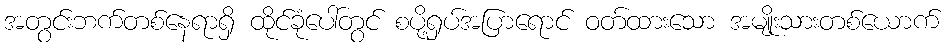
အတွင်းဘက်တစ်နေရာရှိ ထိုင်ခုံပေါ်တွင် စပို့ရှပ်အပြာရောင် ဝတ်ထားသော အမျိုးသားတစ်ယောက်